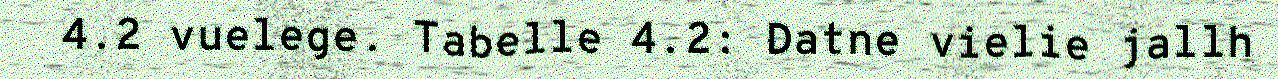
4.2 vuelege. Tabelle 4.2: Datne vielie jallh